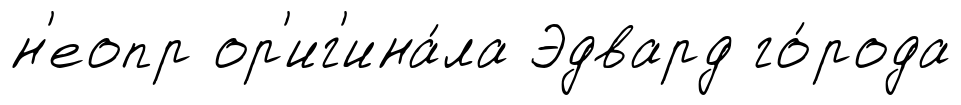
н'еопр ор'иг'ина́ла Эдвард го́рода